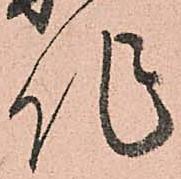
作